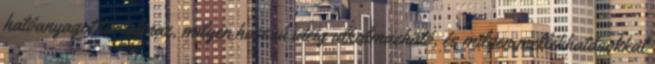
hatóanyagot tartalmaz, milyen hosszú ideig alkalmazható, és milyen mellékhatásokkal